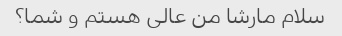
سلام مارشا من عالی هستم و شما؟